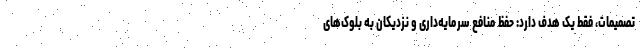
تصمیمات، فقط یک هدف دارد: حفظ منافع سرمایه‌داری و نزدیکان به بلوک‌های